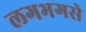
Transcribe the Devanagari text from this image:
लगभगसे